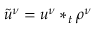
\tilde { u } ^ { \nu } = u ^ { \nu } * _ { t } \rho ^ { \nu }